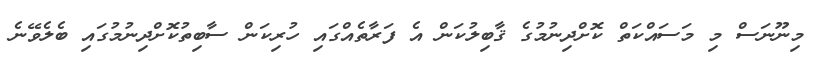
މިނޫނަސް މި މަސައްކަތް ކޮށްދިނުމުގެ ޤާބިލުކަން އެ ފަރާތެއްގައި ހުރިކަން ސާބިތުކޮށްދިނުމުގައި ބެލެވޭނެ